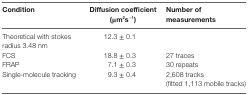
| Condition | Diffusion coefficient (μm2s−1) | Number of measurements |
 | --- | --- | --- |
 | Theoretical with stokes radius 3.48 nm | 12.3 ± 0.1 |  |
 | FCS | 18.8 ± 0.3 | 27 traces |
 | FRAP | 7.1 ± 0.3 | 30 repeats |
 | Single-molecule tracking | 9.3 ± 0.4 | 2,608 tracks (fitted 1,113 mobile tracks) |